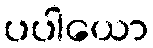
ပပါယော